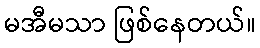
မအီမသာ ဖြစ်နေတယ်။